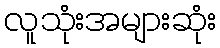
လူသုံးအများဆုံး